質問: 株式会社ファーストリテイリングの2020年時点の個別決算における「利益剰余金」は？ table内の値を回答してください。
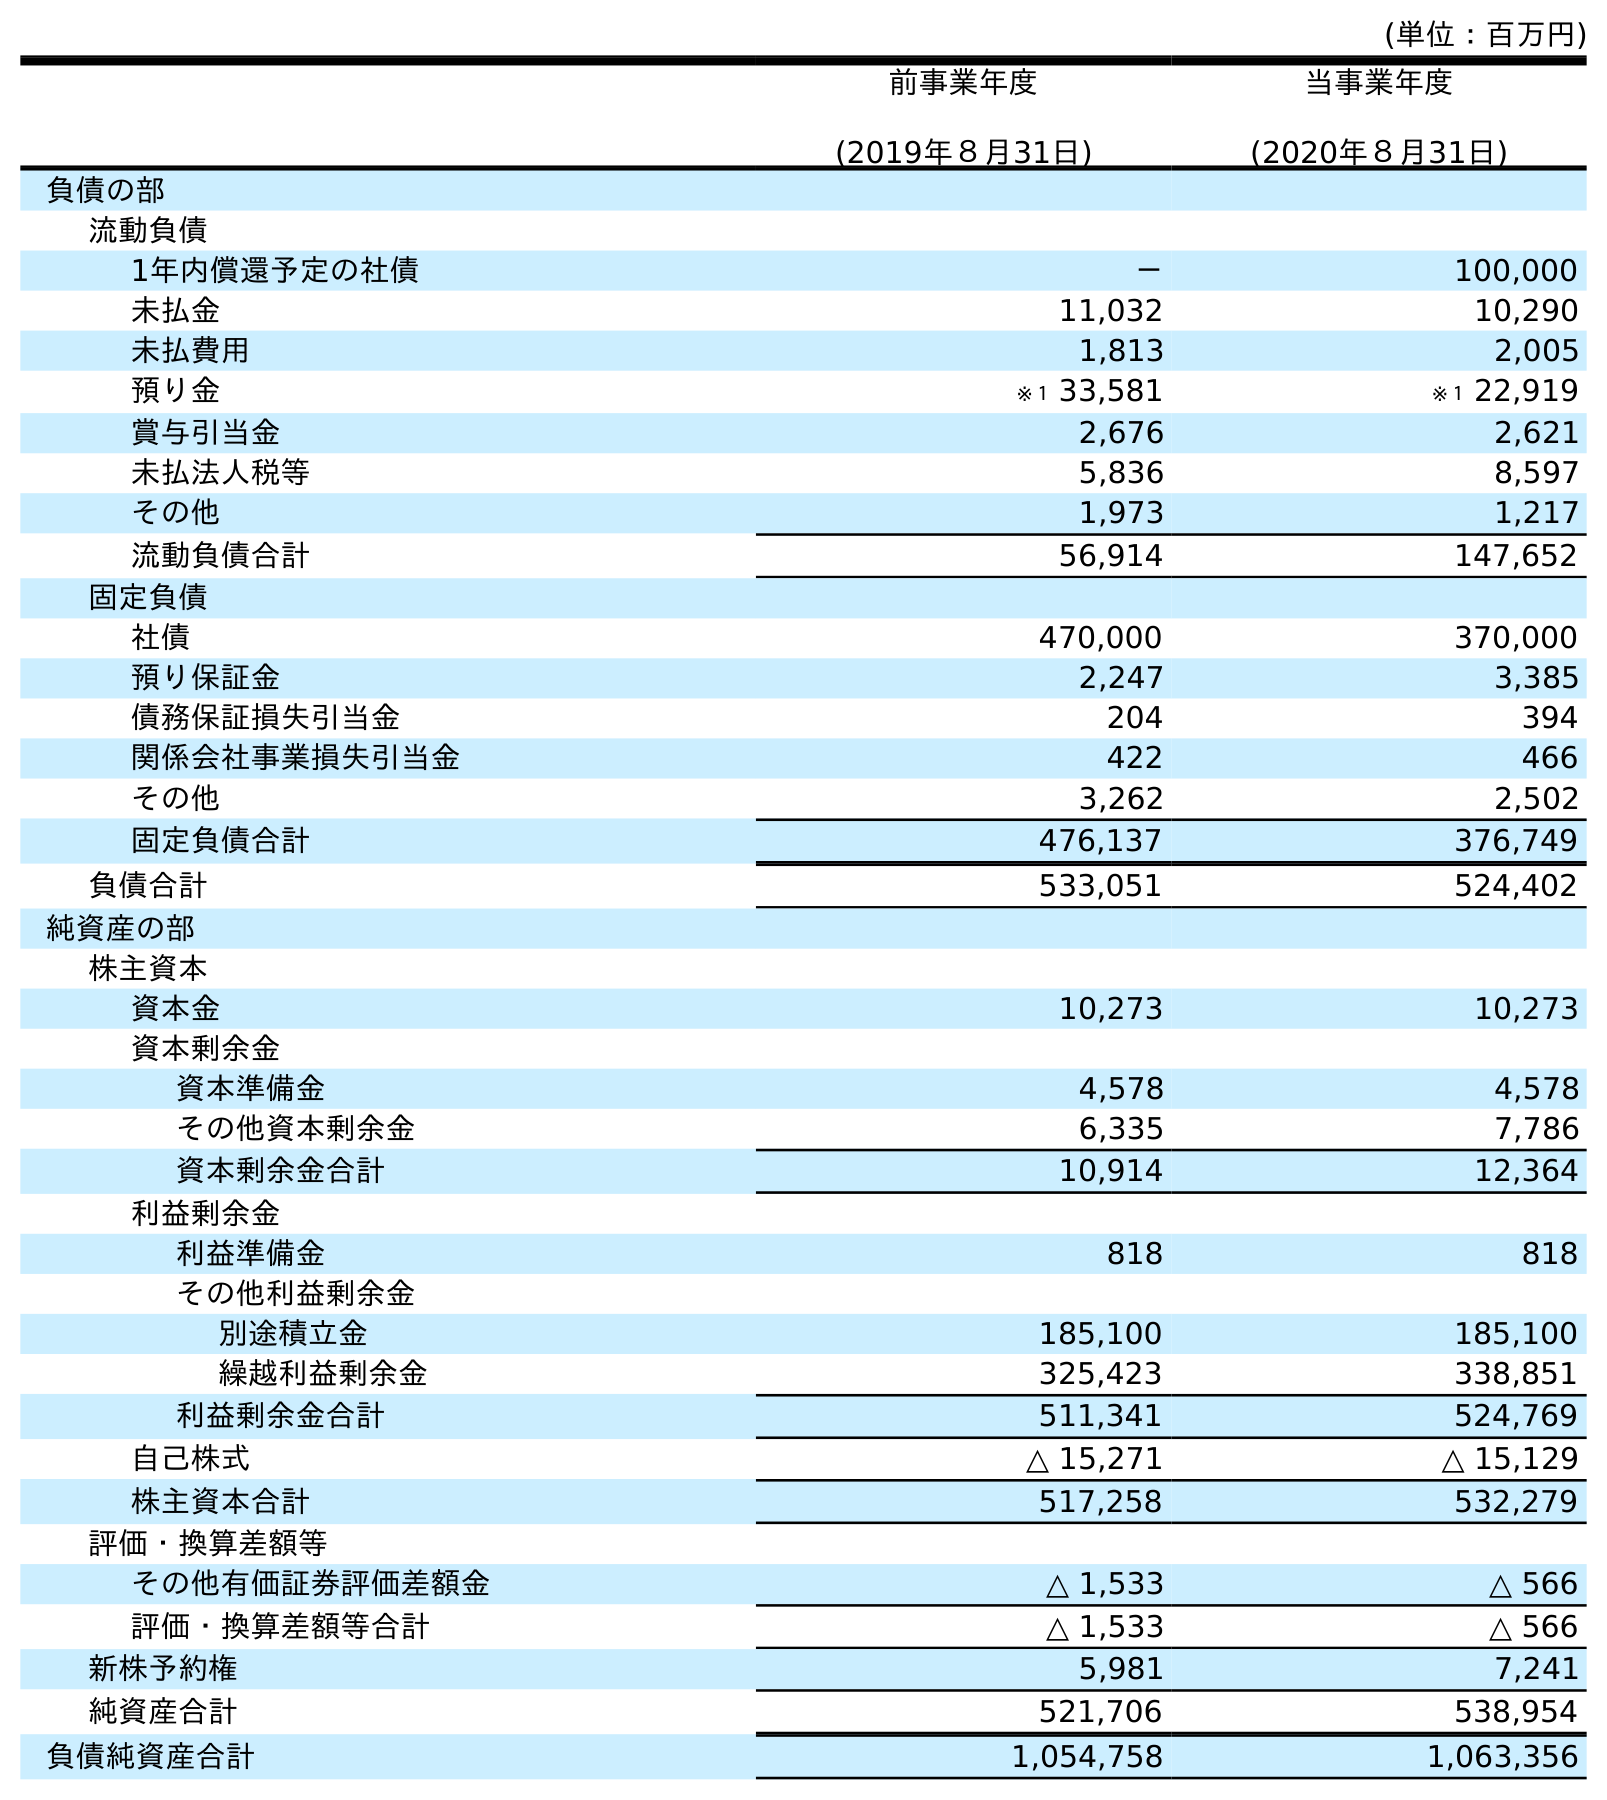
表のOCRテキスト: (単位：百万円) 前事業年度 (2019年８月31日) 当事業年度 (2020年８月31日) 負債の部 流動負債 1年内償還予定の社債 － 100,000 未払金 11,032 10,290 未払費用 1,813 2,005 預り金 ※１ 33,581 ※１ 22,919 賞与引当金 2,676 2,621 未払法人税等 5,836 8,597 その他 1,973 1,217 流動負債合計 56,914 147,652 固定負債 社債 470,000 370,000 預り保証金 2,247 3,385 債務保証損失引当金 204 394 関係会社事業損失引当金 422 466 その他 3,262 2,502 固定負債合計 476,137 376,749 負債合計 533,051 524,402 純資産の部 株主資本 資本金 10,273 10,273 資本剰余金 資本準備金 4,578 4,578 その他資本剰余金 6,335 7,786 資本剰余金合計 10,914 12,364 利益剰余金 利益準備金 818 818 その他利益剰余金 別途積立金 185,100 185,100 繰越利益剰余金 325,423 338,851 利益剰余金合計 511,341 524,769 自己株式 △ 15,271 △ 15,129 株主資本合計 517,258 532,279 評価・換算差額等 その他有価証券評価差額金 △ 1,533 △ 566 評価・換算差額等合計 △ 1,533 △ 566 新株予約権 5,981 7,241 純資産合計 521,706 538,954 負債純資産合計 1,054,758 1,063,356
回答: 524,769